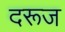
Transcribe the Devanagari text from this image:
दरूज